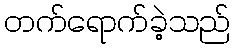
တက်ရောက်ခဲ့သည်